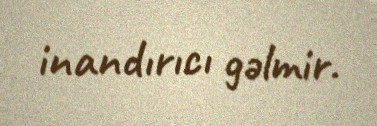
inandırıcı gəlmir.